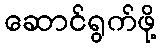
ဆောင်ရွက်ဖို့